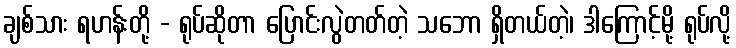
ချစ်သား ရဟန်းတို့ - ရုပ်ဆိုတာ ပြောင်းလွဲတတ်တဲ့ သဘော ရှိတယ်တဲ့၊ ဒါကြောင့်မို့ ရုပ်လို့